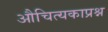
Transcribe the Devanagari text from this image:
औचित्यकाप्रश्न